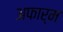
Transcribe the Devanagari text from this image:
अफार्म